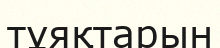
тұяқтарын